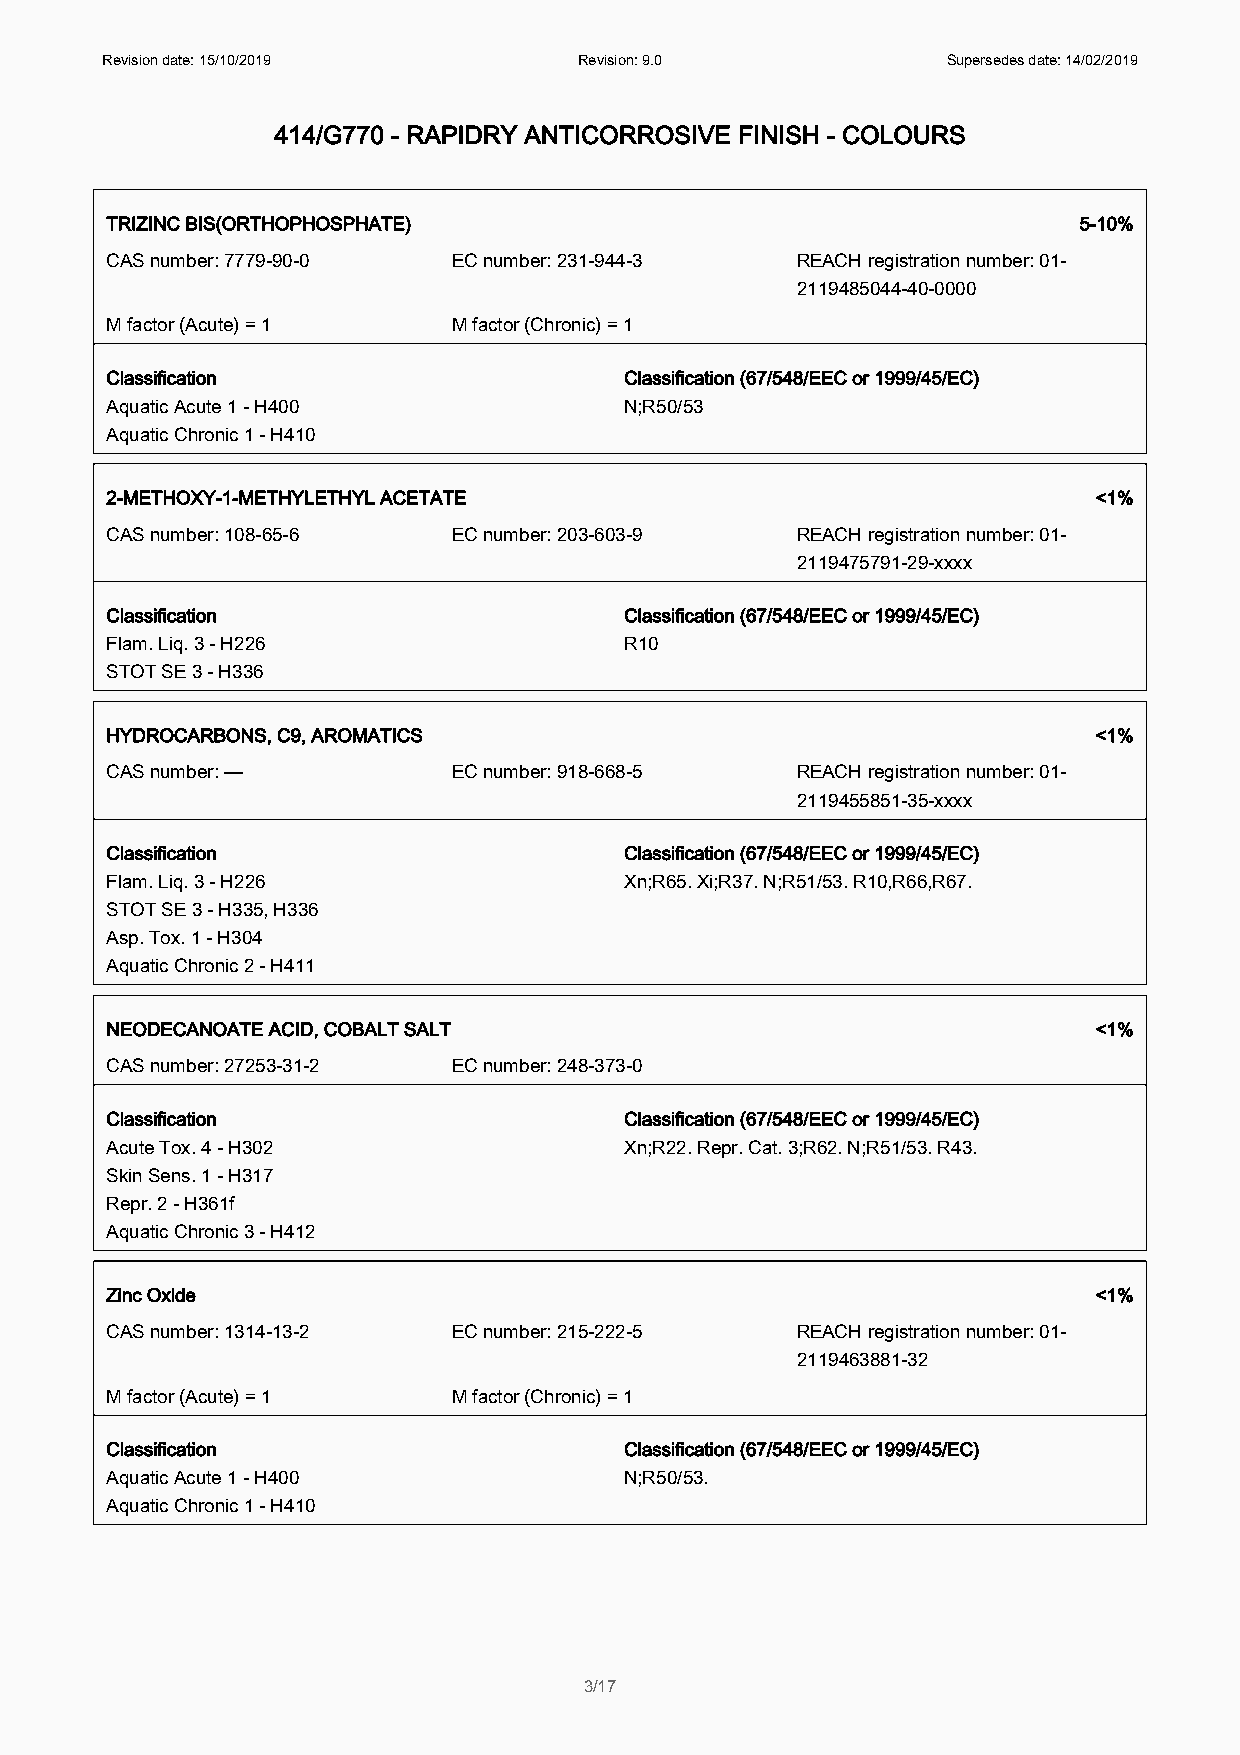
Revision date: 15/10/2019      Revision: 9.0            Supersedes date: 14/02/2019
 414/G770 - RAPIDRY ANTICORROSIVE FINISH - COLOURS
 TRIZINC BIS(ORTHOPHOSPHATE)                                     5-10%
 CAS number: 7779-90-0  EC number: 231-944-3   REACH registration number: 01-
 2119485044-40-0000
 M factor (Acute) = 1   M factor (Chronic) = 1
 Classification                    Classification (67/548/EEC or 1999/45/EC)
 Aquatic Acute 1 - H400            N;R50/53
 Aquatic Chronic 1 - H410
 2-METHOXY-1-METHYLETHYL ACETATE                                   <1%
 CAS number: 108-65-6   EC number: 203-603-9   REACH registration number: 01-
 2119475791-29-xxxx
 Classification                    Classification (67/548/EEC or 1999/45/EC)
 Flam. Liq. 3 - H226               R10
 STOT SE 3 - H336
 HYDROCARBONS, C9, AROMATICS                                       <1%
 CAS number: —          EC number: 918-668-5   REACH registration number: 01-
 2119455851-35-xxxx
 Classification                    Classification (67/548/EEC or 1999/45/EC)
 Flam. Liq. 3 - H226               Xn;R65. Xi;R37. N;R51/53. R10,R66,R67.
 STOT SE 3 - H335, H336
 Asp. Tox. 1 - H304
 Aquatic Chronic 2 - H411
 NEODECANOATE ACID, COBALT SALT                                    <1%
 CAS number: 27253-31-2 EC number: 248-373-0
 Classification                    Classification (67/548/EEC or 1999/45/EC)
 Acute Tox. 4 - H302               Xn;R22. Repr. Cat. 3;R62. N;R51/53. R43.
 Skin Sens. 1 - H317
 Repr. 2 - H361f
 Aquatic Chronic 3 - H412
 Zinc Oxide                                                        <1%
 CAS number: 1314-13-2  EC number: 215-222-5   REACH registration number: 01-
 2119463881-32
 M factor (Acute) = 1   M factor (Chronic) = 1
 Classification                    Classification (67/548/EEC or 1999/45/EC)
 Aquatic Acute 1 - H400            N;R50/53.
 Aquatic Chronic 1 - H410
 3/17